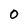
Character: 0